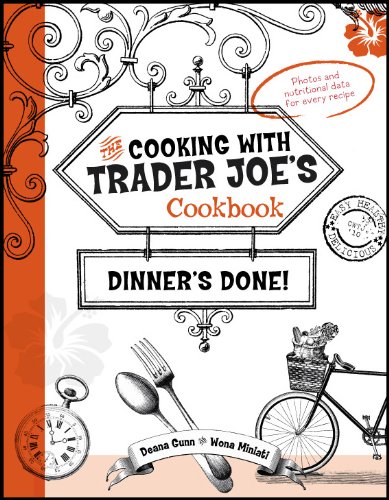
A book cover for Cooking With Trader Joe's Cookbook: Dinner's Done!; Deana Gunn; Cookbooks, Food & Wine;